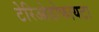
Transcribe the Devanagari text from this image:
टेरिओडोफायटा